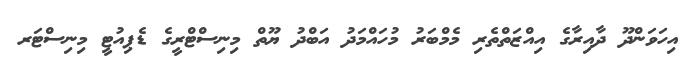
އިހަވަންދޫ ދާއިރާގެ އިއްޒަތްތެރި މެމްބަރު މުހައްމަދު އަބްދު ޔޫތް މިނިސްޓްރީގެ ޑެޕިއުޓީ މިނިސްޓަރ